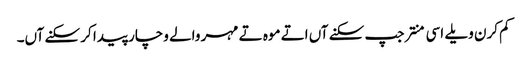
کم کرن ویلے اسی منتر جپ سکنے آں اتے موہ تے مہر والے وچار پیدا کر سکنے آں۔